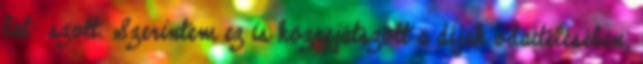
lát- szott. Szerintem ez is közrejátszott a díjak odaítélésében,